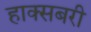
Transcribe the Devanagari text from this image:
हाक्सबरी